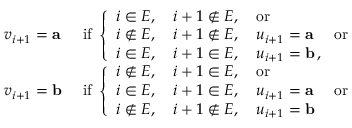
\begin{array} { l l } { v _ { i + 1 } = \mathbf { a } } & { \mathrm { ~ i f ~ } \left\{ \begin{array} { l l } { i \in E , \quad i + 1 \notin E , \quad \mathrm { o r } } \\ { i \notin E , \quad i + 1 \notin E , \quad u _ { i + 1 } = \mathbf { a } \quad \mathrm { ~ o r } } \\ { i \in E , \quad i + 1 \in E , \quad u _ { i + 1 } = \mathbf { b } \, , } \end{array} \right. } \\ { v _ { i + 1 } = \mathbf { b } } & { \mathrm { ~ i f ~ } \left\{ \begin{array} { l l } { i \notin E , \quad i + 1 \in E , \quad \mathrm { o r } } \\ { i \in E , \quad i + 1 \in E , \quad u _ { i + 1 } = \mathbf { a } \quad \mathrm { ~ o r } } \\ { i \notin E , \quad i + 1 \not \in E , \quad u _ { i + 1 } = \mathbf { b } } \end{array} \right. } \end{array}